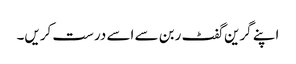
اپنے گرین گفٹ ربن سے اسے درست کریں۔